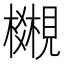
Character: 𧢎